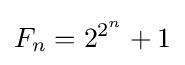
F_{n}=2^{2^{n}}+1